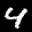
Label: 4